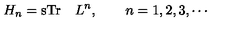
H _ { n } = \mathrm { s T r } \quad L ^ { n } , \qquad n = 1 , 2 , 3 , \cdots